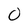
Character: 0